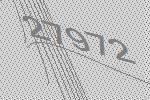
27972